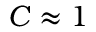
C \approx 1